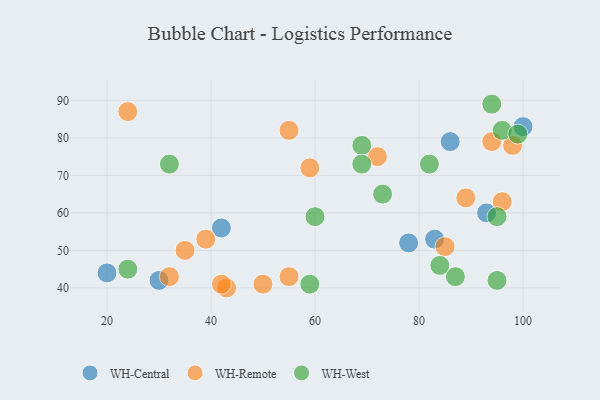
{"axis": {"x": "GDP", "y": "Life Expectancy"}, "legend": ["WH-Central", "WH-Remote", "WH-West"], "data": [{"x": "78", "y": 52, "type": "WH-Central"}, {"x": "20", "y": 44, "type": "WH-Central"}, {"x": "83", "y": 53, "type": "WH-Central"}, {"x": "42", "y": 56, "type": "WH-Central"}, {"x": "100", "y": 83, "type": "WH-Central"}, {"x": "86", "y": 79, "type": "WH-Central"}, {"x": "93", "y": 60, "type": "WH-Central"}, {"x": "30", "y": 42, "type": "WH-Central"}, {"x": "55", "y": 43, "type": "WH-Remote"}, {"x": "72", "y": 75, "type": "WH-Remote"}, {"x": "50", "y": 41, "type": "WH-Remote"}, {"x": "89", "y": 64, "type": "WH-Remote"}, {"x": "98", "y": 78, "type": "WH-Remote"}, {"x": "59", "y": 72, "type": "WH-Remote"}, {"x": "24", "y": 87, "type": "WH-Remote"}, {"x": "96", "y": 63, "type": "WH-Remote"}, {"x": "55", "y": 82, "type": "WH-Remote"}, {"x": "43", "y": 40, "type": "WH-Remote"}, {"x": "94", "y": 79, "type": "WH-Remote"}, {"x": "39", "y": 53, "type": "WH-Remote"}, {"x": "42", "y": 41, "type": "WH-Remote"}, {"x": "32", "y": 43, "type": "WH-Remote"}, {"x": "35", "y": 50, "type": "WH-Remote"}, {"x": "85", "y": 51, "type": "WH-Remote"}, {"x": "94", "y": 89, "type": "WH-West"}, {"x": "96", "y": 82, "type": "WH-West"}, {"x": "87", "y": 43, "type": "WH-West"}, {"x": "82", "y": 73, "type": "WH-West"}, {"x": "60", "y": 59, "type": "WH-West"}, {"x": "99", "y": 81, "type": "WH-West"}, {"x": "69", "y": 78, "type": "WH-West"}, {"x": "24", "y": 45, "type": "WH-West"}, {"x": "73", "y": 65, "type": "WH-West"}, {"x": "69", "y": 73, "type": "WH-West"}, {"x": "59", "y": 41, "type": "WH-West"}, {"x": "95", "y": 59, "type": "WH-West"}, {"x": "95", "y": 42, "type": "WH-West"}, {"x": "32", "y": 73, "type": "WH-West"}, {"x": "84", "y": 46, "type": "WH-West"}]}